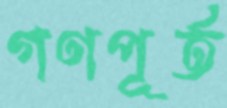
গণপূর্ত